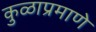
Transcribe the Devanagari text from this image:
कुळाप्रमाणे